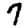
Digit: 7